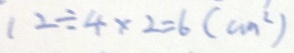
1 2 \div 4 \times 2 = 6 ( c m ^ { 2 } )